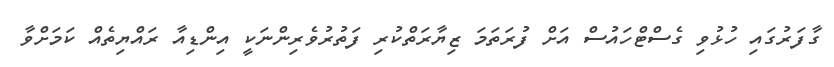
ގާފަރުގައި ހުޅުވި ގެސްޓްހައުސް އަށް ފުރަތަމަ ޒިޔާރަތްކުރި ފަތުރުވެރިންނަކީ އިންޑިއާ ރައްޔިތެއް ކަމަށްވާ